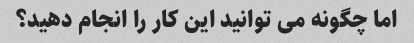
اما چگونه می توانید این کار را انجام دهید؟